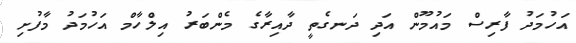
އަހުމަދު ފާރިސް މައުމޫން އަދި ދަނގެތީ ދާއިރާގެ މެންބަރު އިލްހާމް އަހުމަދު މާފުށި